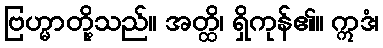
ဗြဟ္မာတို့သည်။ အတ္ထိ၊ ရှိကုန်၏။ ဣဒံ၊